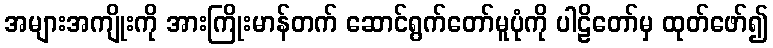
အများအကျိုးကို အားကြိုးမာန်တက် ဆောင်ရွက်တော်မူပုံကို ပါဠိတော်မှ ထုတ်ဖော်၍